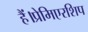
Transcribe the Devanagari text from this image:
हैं।प्रेमिएरशिप